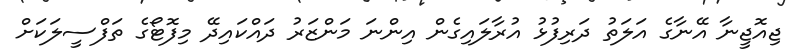
ޖިއޮޖީނާ އޭނާގެ އަލަތު ދަރިފުޅު އުރާލައިގެން އިންނަ މަންޒަރު ދައްކައިދޭ މިފޮޓޯގެ ތަފްސީލަކަށް